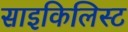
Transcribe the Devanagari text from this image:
साइकिलिस्ट